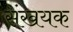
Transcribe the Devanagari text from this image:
संखयक